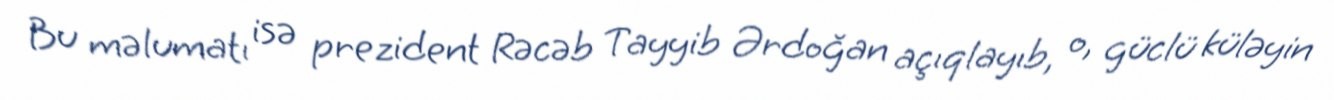
Bu məlumatı isə prezident Rəcəb Tayyib Ərdoğan açıqlayıb, o, güclü küləyin